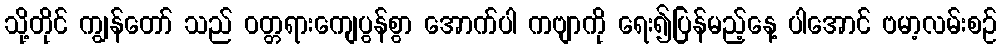
သို့တိုင် ကျွန်တော် သည် ဝတ္တရားကျေပွန်စွာ အောက်ပါ ကဗျာကို ရေး၍ပြန်မည့်နေ့ ပါအောင် ဗမာ့လမ်းစဉ်